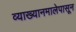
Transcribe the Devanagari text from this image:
व्याख्यानमालेपासून